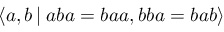
\langle a , b \, \vert \; a b a = b a a , b b a = b a b \rangle